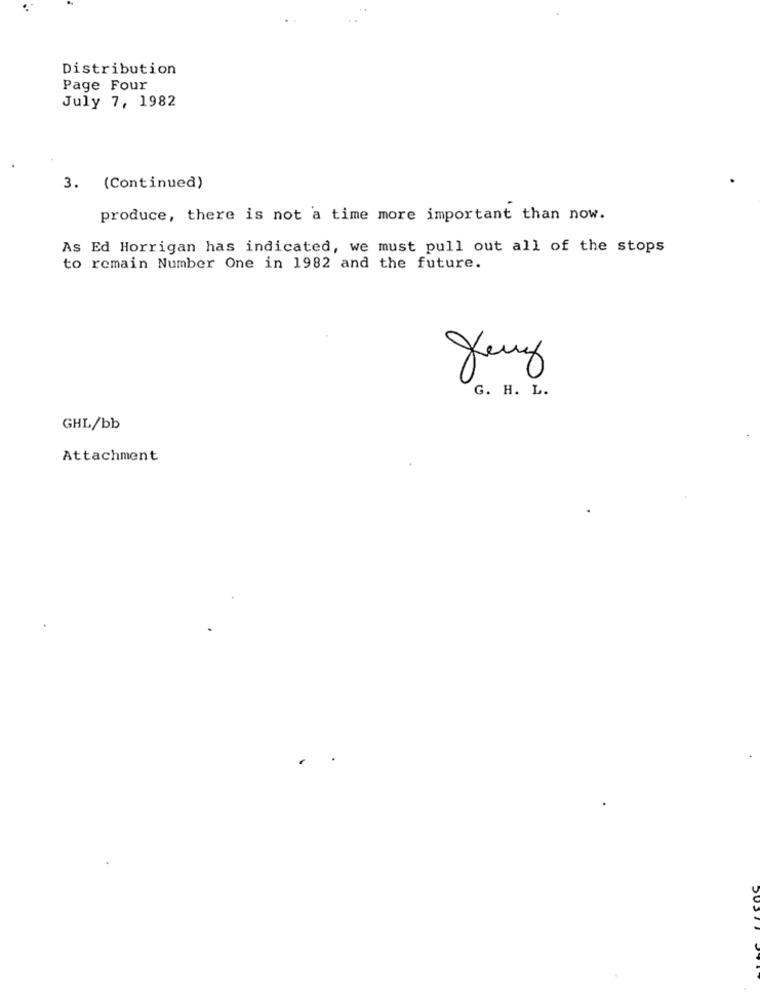
Distribution
Page Four
July 7, 1982
3. (Continued)
produce, there is not a time more important than now.
As Ed Horrigan has indicated, we must pull out all of the stops
to remain Number One in 1982 and the future.
x
G. H. L.
GHL/bb
Attachment